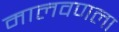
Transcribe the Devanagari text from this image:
मालवणला